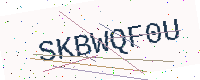
Text: SKBWQF0U